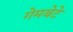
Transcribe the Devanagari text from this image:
गेमबेटे